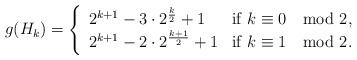
LaTeX: \begin{align*} g(H_k) = \left\{ \begin{array}{ll} 2^{k+1}-3\cdot 2^\frac{k}{2}+1 & \mbox{if } k \equiv 0 \mod 2,\\ 2^{k+1} -2\cdot 2^\frac{k+1}{2}+1& \mbox{if } k \equiv 1 \mod 2. \end{array} \right .\end{align*}